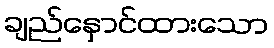
ချည်နှောင်ထားသော